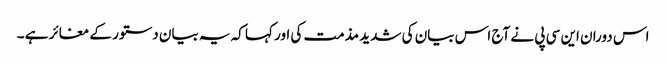
اس دوران این سی پی نے آج اس بیان کی شدید مذمت کی اور کہا کہ یہ بیان دستور کے مغائر ہے ۔